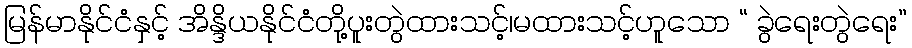
မြန်မာနိုင်ငံနှင့် အိန္ဒိယနိုင်ငံတို့ပူးတွဲထားသင့်၊မထားသင့်ဟူသော “ ခွဲရေးတွဲရေး”